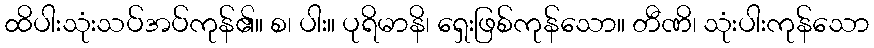
ထိပါးသုံးသပ်အပ်ကုန်၏။ စ၊ ပါး။ ပုရိမာနိ၊ ရှေးဖြစ်ကုန်သော။ တီဏိ၊ သုံးပါးကုန်သော